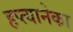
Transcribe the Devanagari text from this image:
हप्त्यानेका